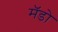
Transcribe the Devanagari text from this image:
मॅडो